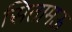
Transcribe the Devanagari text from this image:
सितामऊ